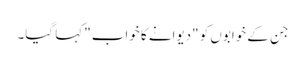
جن کے خوابوں کو "دیوانے کا خواب" کہا گیا۔